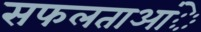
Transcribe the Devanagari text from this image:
सफलताआंे